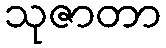
သုဇာတာ